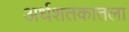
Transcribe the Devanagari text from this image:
अर्धशतकातला